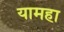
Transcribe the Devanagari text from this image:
यामहा